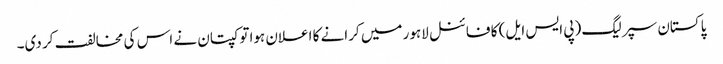
پاکستان سپر لیگ (پی ایس ایل) کا فائنل لاہور میں کرانے کا اعلان ہوا تو کپتان نے اس کی مخالفت کر دی۔